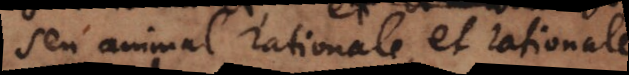
seu animal rationale, et rationale